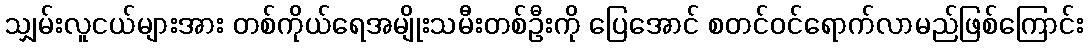
သျှမ်းလူငယ်များအား တစ်ကိုယ်ရေအမျိုးသမီးတစ်ဦးကို ပြေအောင် စတင်ဝင်ရောက်လာမည်ဖြစ်ကြောင်း